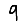
Digit: 9